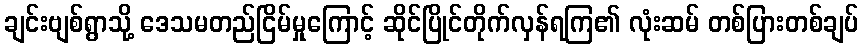
ချင်းဗျစ်ရွာသို့ ဒေသမတည်ငြိမ်မှုကြောင့် ဆိုင်ပြိုင်တိုက်လှန်ရကြ၏ လုံးဆမ် တစ်ပြားတစ်ချပ်